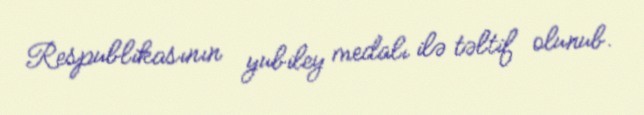
Respublikasının yubiley medalı ilə təltif olunub.